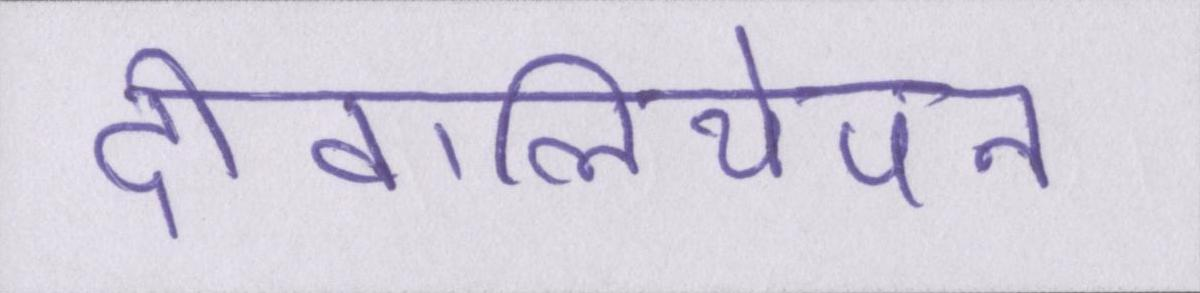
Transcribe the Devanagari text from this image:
दीवालियेपन